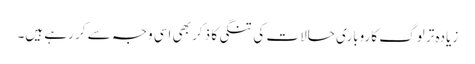
زیادہ تر لوگ کاروباری حالات کی تنگی کا ذکر بھی اسی وجہ سے کر رہے ہیں۔